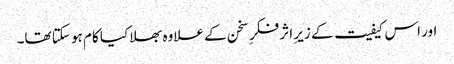
اور اس کیفیت کے زیرِ اثر فکرِ سخن کے علاوہ بھلا کیا کام ہو سکتا تھا۔